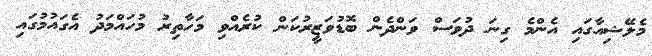
މެލޭޝިއާގައި އެންމެ ގިނަ ދުވަސް ވަންދެން ބޮޑުވަޒީރުކަން ކުރެއްވި މަހާތިރު މުހައްމަދު އެގައުމުގައި